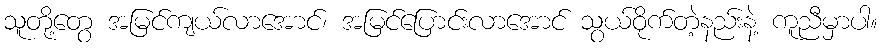
သူတို့တွေ အမြင်ကျယ်လာအောင်၊ အမြင်ပြောင်းလာအောင် သွယ်ဝိုက်တဲ့နည်းနဲ့ ကူညီမှာပါ။